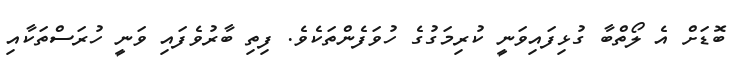
ބޮޑަށް އެ ލޯތްބާ ގުޅިފައިވަނީ ކުރިމަގުގެ ހުވަފެންތަކެވެ. ފިތި ބާރުވެފައި ވަނީ ހުރަސްތަކާއި